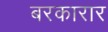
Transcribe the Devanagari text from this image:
बरकारार